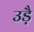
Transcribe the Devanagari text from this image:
उड़ै